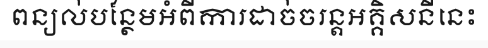
ពន្យល់បន្ថែមអំពីការដាច់ចរន្តអគ្គិសនីនេះ